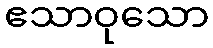
ဧသာဝုသော